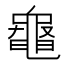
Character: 𪓝